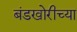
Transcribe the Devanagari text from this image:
बंडखोरीच्या